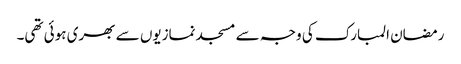
رمضان المبارک کی وجہ سے مسجد نمازیوں سے بھری ہوئی تھی۔